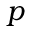
p